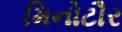
મિનોટૌર